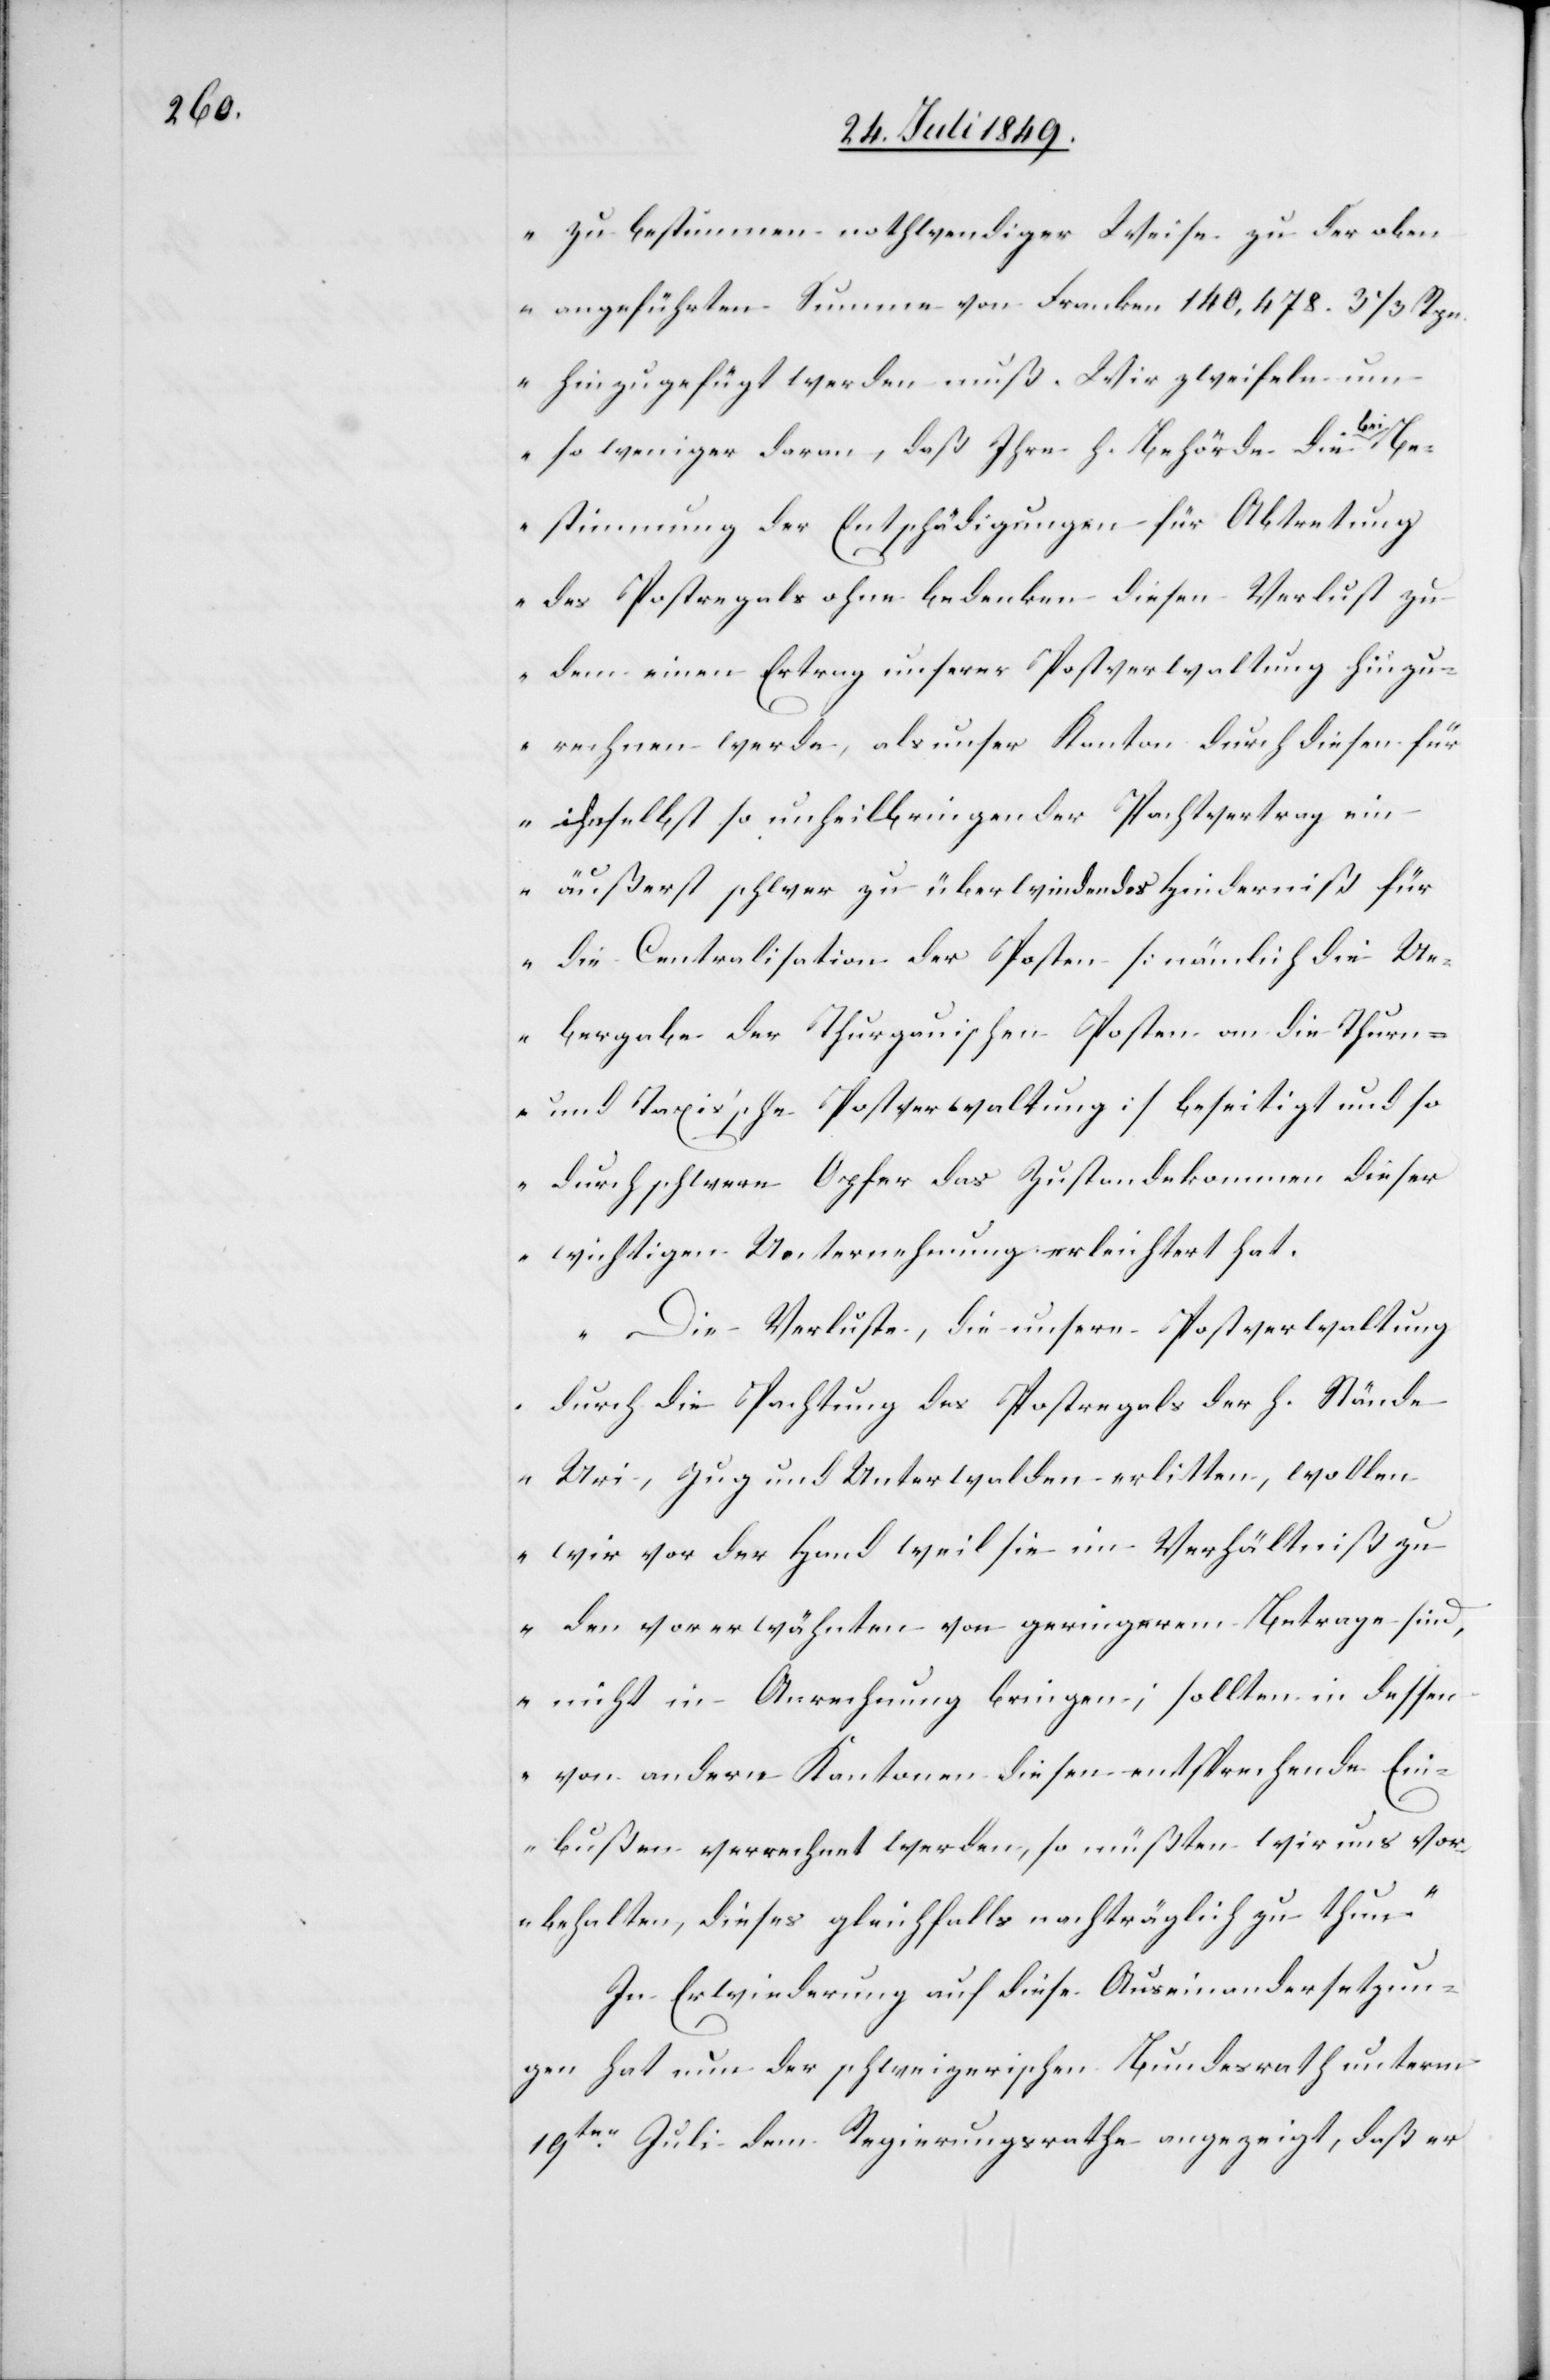
zu bestimmen nothwendiger Weise zu der oben¬
angeführten Summe von Franken 140,478. 3 1/3. Rpn.
hinzugefügt werden muß. Wir zweifeln um
Be¬
so weniger daran, daß ihre h. Behörde die bei
stimmung der Entschädigungen für Abtretung
des Postregals ohne bedenken diesen Verlust zu
dem einen Ertrag unserer Postverwaltung hinzu¬
rechnen werde, als unser Kanton durch diesen für
ihn selbst so unheilbringenden Pachtvertrag ein
äußerst schwer zu überwindendes Hinderniß für
die Centralisation der Posten [nämlich die Ue¬
bergabe der Thurgauischen Posten an die Thurn-
und Taxis’sche Postverwaltung] beseitigt und so
durch schwere Opfer das Zustandekommen dieser
wichtigen Unternehmung erleichtert hat.
Die Verluste, die unsere Postverwaltung
durch die Pachtung des Postregals der h. Stände
Uri, Zug und Unterwalden erlitten, wollen
wir vor der Hand weil sie im Verhältniß zu
den vorerwähnten von geringerem Betrage sind,
nicht in Anrechnung bringen; sollten in dessen
von andern Kantonen diesen entsprechende Ein¬
bußen verrechnet werden, so müßten wir uns vor¬
behalten, dieses gleichfalls nachträglich zu thun“.
In Erwiederung auf diese Auseinandersetzun¬
gen hat nun der schweizerische Bundesrath unterm
19ten Juli dem Regierungsrathe angezeigt, daß er